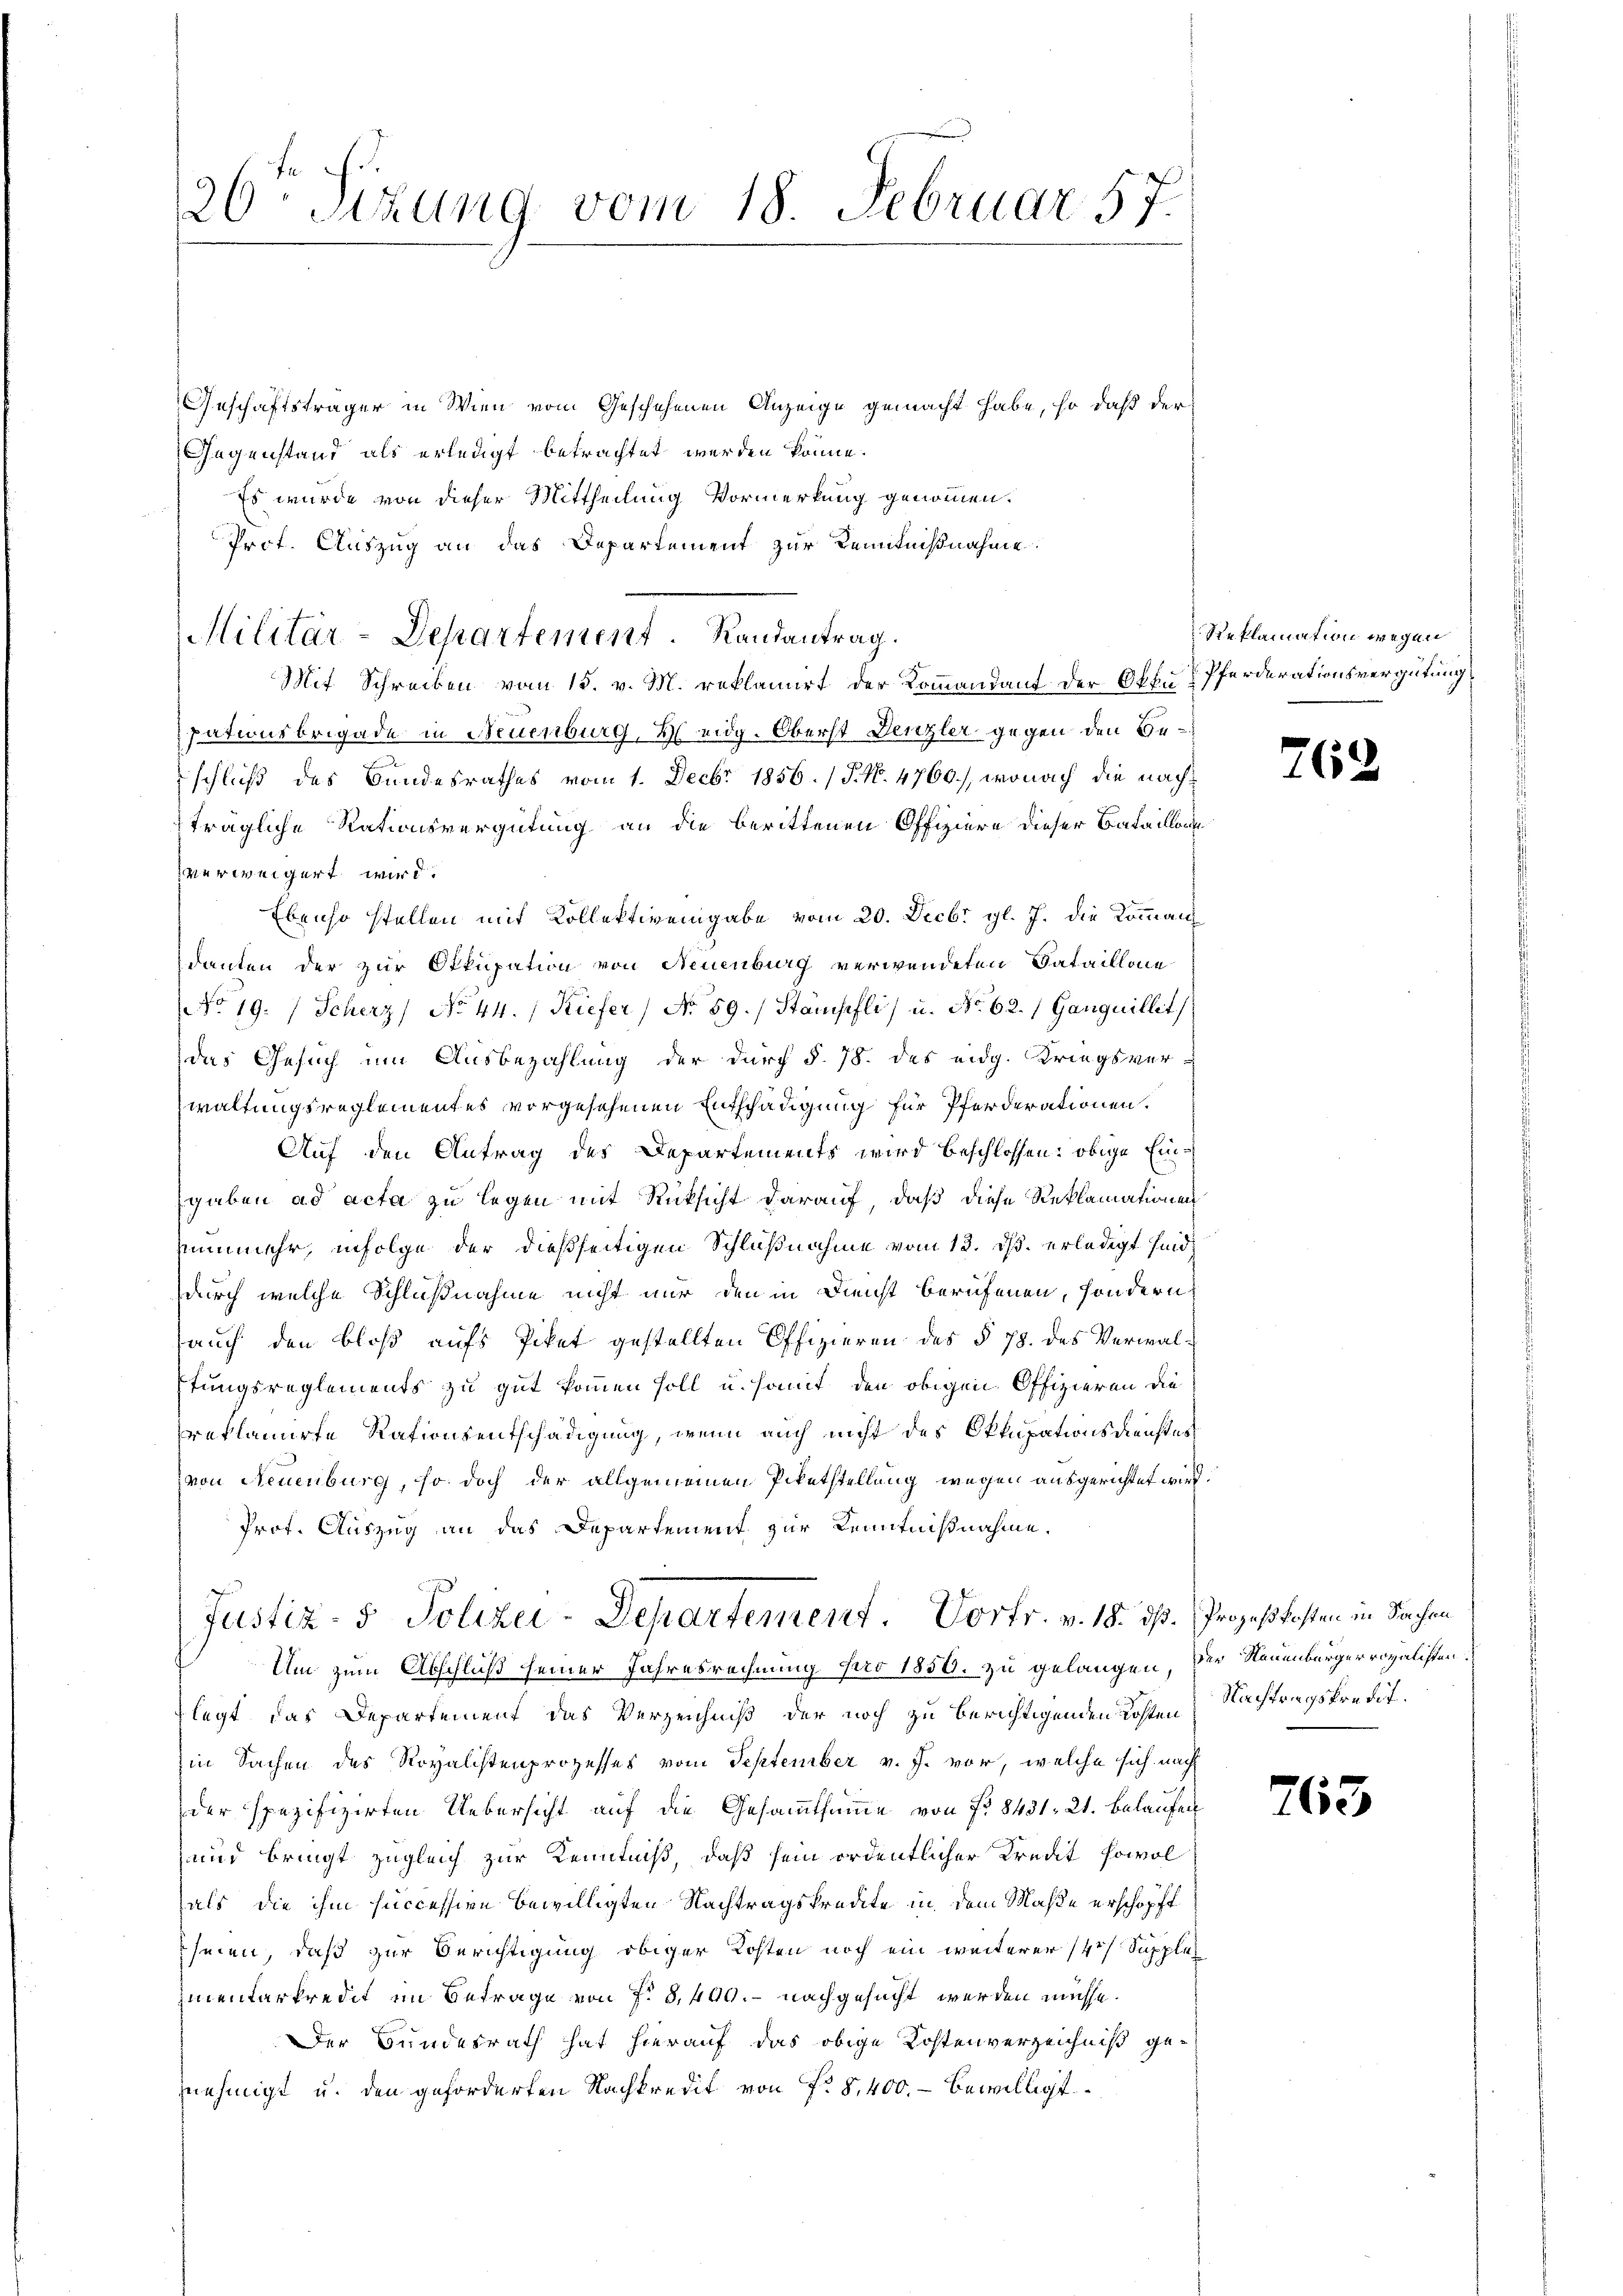
Geschäftsträger in Wien vom Geschehenen Anzeige gemacht habe, so daß der
Gegenstand als erledigt betrachtet werden könne.
Es wurde von dieser Mittheilung Vormerkung genommen.
Prof. Auszug an das Departement zur Kenntnißnahme
Mit Schreiben vom 15. v. M. reklamirt der Kommandant der Off.  Pferderationsvergütung
pationsbrigade in Neuenburg, 2 eidg. Oberst Denzler gegen den Beschluß des Bundesrathes vom 1. Decbr. 1856. (T. N. 4760), wonach die nachträgliche Rationsvergütung an die berittenen Offiziere dieser Bataillone
verweigert wird.
Ebenso stellen mit Kollektivengabe vom 20. Decbr. gl. J. die Kommandanten der zur Okkupation von Neuenburg verwendeten Sataillone
NNo 19. / Scherz) No 44. / Kiefer, No 59. Stämpfli u. No. 62. / Ganguillit
das Gesuch um Ausbezahlung der durch §. 78. des eidg. Kriegsver-
Zwaltungsreglementes vorgesehenen Entschädigung für Pferderationen.
Auf den Antrag des Departements wird beschlossen: obige Eingaben ad acta zu legen mit Rücksicht darauf, daß diese Reklamationen
summehr, infolge der dießseitigen Schlußnahme vom 13. ds. erledigt sind,
durch welche Schlußnahme nicht nur den in Dienst berufenen, sondern
auch den bloß aufs Piket gestellten Offizieren des § 78. des Verwalffungsreglements zu gut kommen soll u. somit den obigen Offizieren die
reklamirte Rationsentschädigung, wenn auch nicht des Okkupationsdienstes
von Neuenburg, so doch der allgemeinen Paketstellung wegen ausgerichtet wird.
Prof. Auszug an das Departement zur Kenntnißnahme.
Justiz- & Polizei-Departement. Vortr. v. 18. dß. Prozeßkosten in Sachen

26Sizung vom 18. Februar 57.

Militär-Departement. Randantrag.

Reklamation wegen

Um zum Abschluß seiner Jahresrechnung pro 1850. zu gelangen,
legt, das Departement das Verzeichniß der noch zu berichtigenden Kosten Nachtragskredit.
in Sachen des Royalistenprozesses vom September v. J. vor, welche sich nach
der spezifizirten Uebersicht auf die Gesammtsumme von No 8431. 21. belaufen
und bringt zugleich zur Kenntniß, daß sein ordentlicher Kredit sowol
als die ihm succession bewilligten Nachtragskredite in dem Maße erschöpft
hmen, daß zur Berichtigung obiger Kosten noch ein weiterer 14. Supple
imentarkredit im Betrage von f. 8,490. - nachgesucht werden müsse.
Der Bundesrath hat hierauf das obige Kostenverzeichniß gennehmigt u. den geforderten Nachkredit von f. 8,400.- bewilligt

21

den Neuenburgerrogalisten.

763